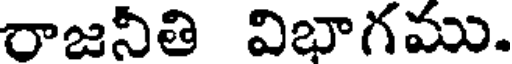
రాజనీతి విభాగము.